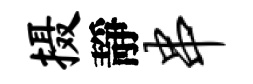
摄靜串